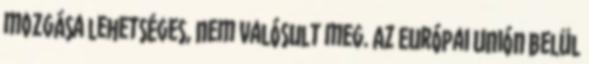
mozgása lehetséges, nem valósult meg. Az Európai Unión belül